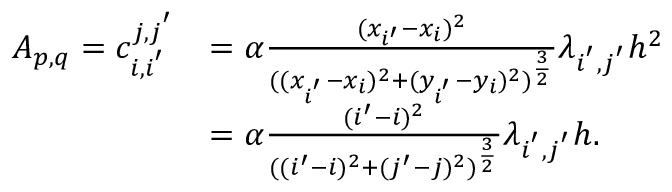
\begin{array} { r l } { A _ { p , q } = c _ { i , i ^ { ' } } ^ { j , j ^ { ' } } } & { = \alpha \frac { ( x _ { i ^ { \prime } } - x _ { i } ) ^ { 2 } } { ( ( x _ { i ^ { ' } } - x _ { i } ) ^ { 2 } + ( y _ { i ^ { ' } } - y _ { i } ) ^ { 2 } ) ^ { \frac { 3 } { 2 } } } \lambda _ { i ^ { ' } , j ^ { ' } } h ^ { 2 } } \\ & { = \alpha \frac { ( i ^ { \prime } - i ) ^ { 2 } } { ( ( i ^ { \prime } - i ) ^ { 2 } + ( j ^ { \prime } - j ) ^ { 2 } ) ^ { \frac { 3 } { 2 } } } \lambda _ { i ^ { ' } , j ^ { ' } } h . } \end{array}